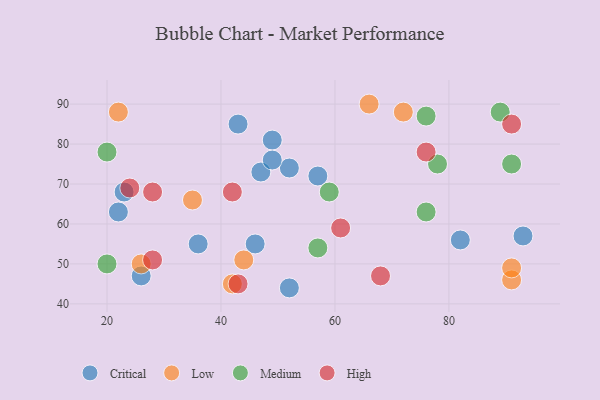
{"axis": {"x": "GDP", "y": "Life Expectancy"}, "legend": ["Critical", "High", "Low", "Medium"], "data": [{"x": "36", "y": 55, "type": "Critical"}, {"x": "46", "y": 55, "type": "Critical"}, {"x": "49", "y": 81, "type": "Critical"}, {"x": "93", "y": 57, "type": "Critical"}, {"x": "23", "y": 68, "type": "Critical"}, {"x": "43", "y": 85, "type": "Critical"}, {"x": "52", "y": 44, "type": "Critical"}, {"x": "47", "y": 73, "type": "Critical"}, {"x": "52", "y": 74, "type": "Critical"}, {"x": "26", "y": 47, "type": "Critical"}, {"x": "22", "y": 63, "type": "Critical"}, {"x": "57", "y": 72, "type": "Critical"}, {"x": "82", "y": 56, "type": "Critical"}, {"x": "49", "y": 76, "type": "Critical"}, {"x": "22", "y": 88, "type": "Low"}, {"x": "91", "y": 46, "type": "Low"}, {"x": "66", "y": 90, "type": "Low"}, {"x": "72", "y": 88, "type": "Low"}, {"x": "35", "y": 66, "type": "Low"}, {"x": "44", "y": 51, "type": "Low"}, {"x": "42", "y": 45, "type": "Low"}, {"x": "26", "y": 50, "type": "Low"}, {"x": "91", "y": 49, "type": "Low"}, {"x": "89", "y": 88, "type": "Medium"}, {"x": "91", "y": 75, "type": "Medium"}, {"x": "78", "y": 75, "type": "Medium"}, {"x": "20", "y": 50, "type": "Medium"}, {"x": "20", "y": 78, "type": "Medium"}, {"x": "76", "y": 63, "type": "Medium"}, {"x": "57", "y": 54, "type": "Medium"}, {"x": "76", "y": 87, "type": "Medium"}, {"x": "59", "y": 68, "type": "Medium"}, {"x": "43", "y": 45, "type": "High"}, {"x": "68", "y": 47, "type": "High"}, {"x": "42", "y": 68, "type": "High"}, {"x": "24", "y": 69, "type": "High"}, {"x": "28", "y": 68, "type": "High"}, {"x": "61", "y": 59, "type": "High"}, {"x": "76", "y": 78, "type": "High"}, {"x": "28", "y": 51, "type": "High"}, {"x": "91", "y": 85, "type": "High"}]}